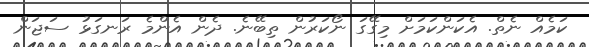
ކަމެއް ނެތް. އެކަންކަމަށް މިގޭގަ ނޯކަރުން ތިބޭނެ. ދެން އެންމެ ރަނގަޅު ސަޖަން